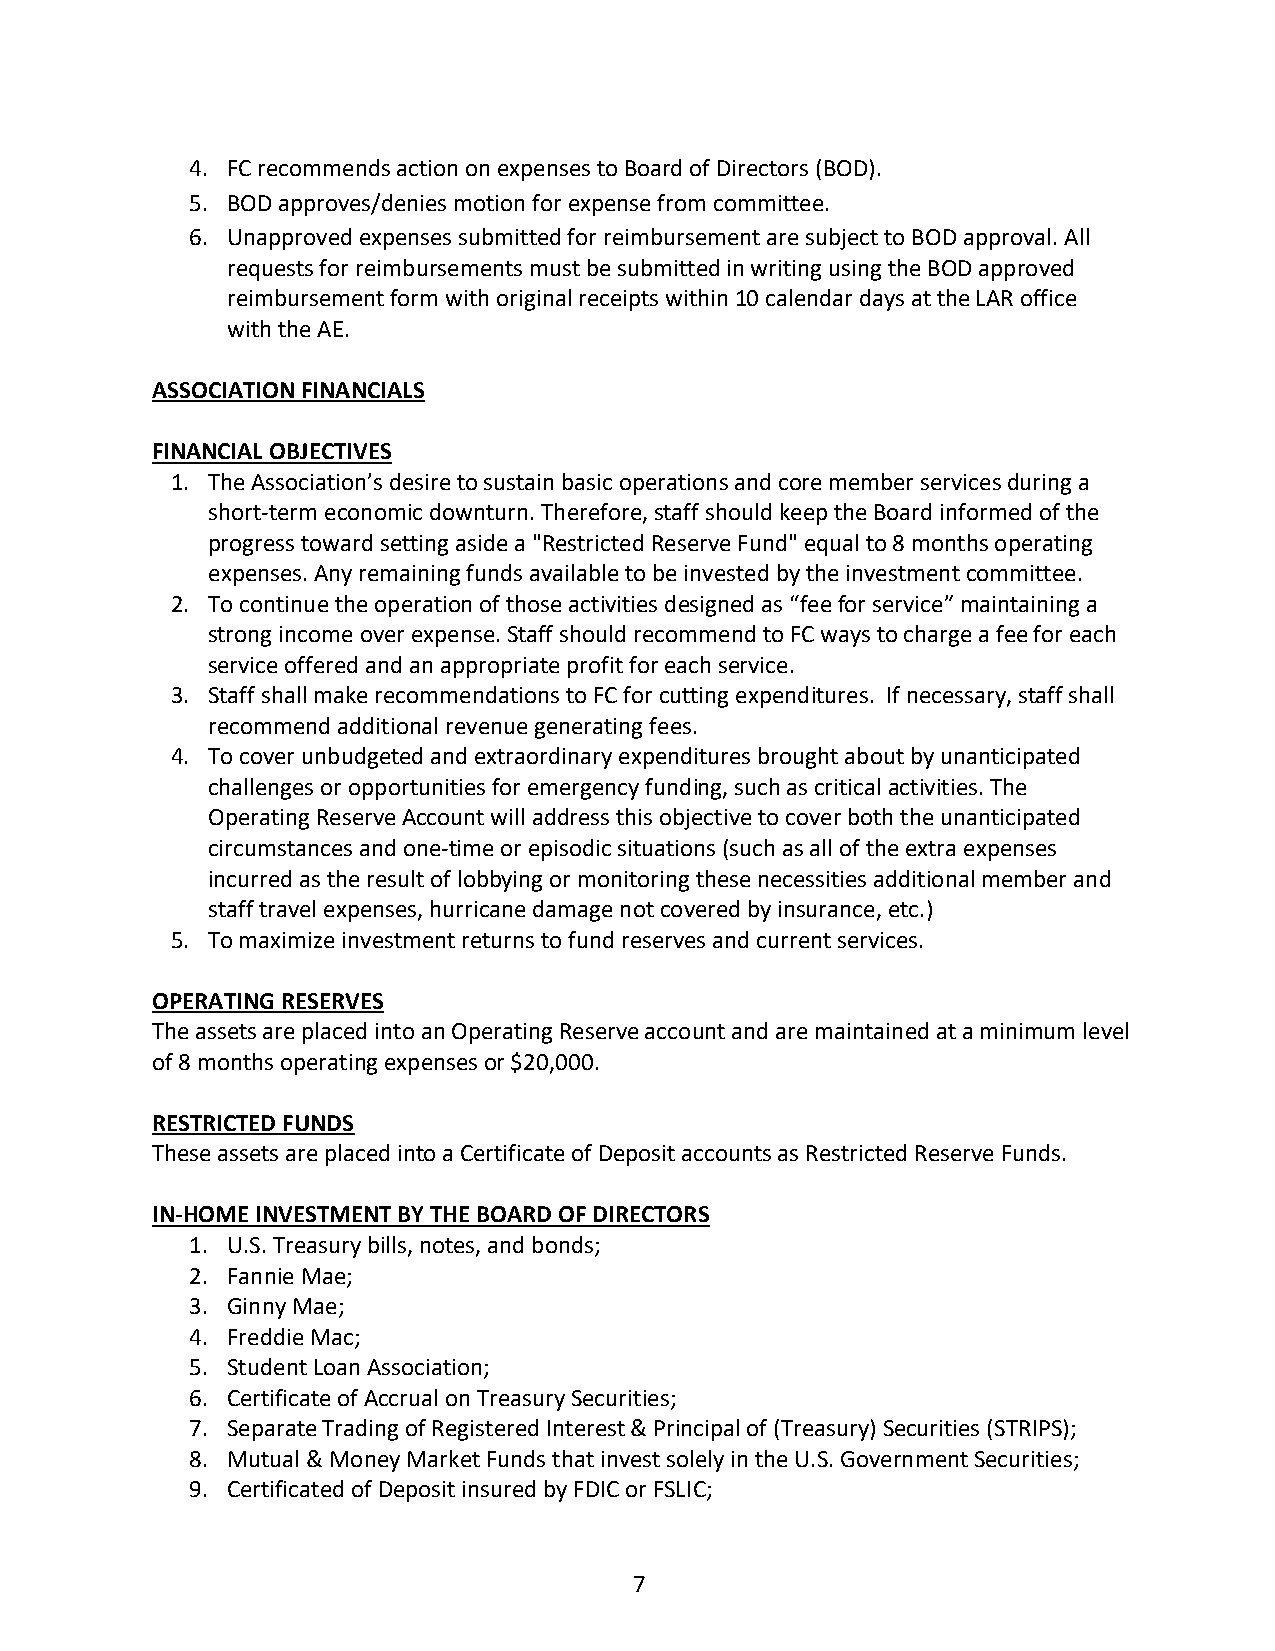
4. FC recommends action on expenses to Board of Directors (BOD).
 5. BOD approves/denies motion for expense from committee.
 6. Unapproved expenses submitted for reimbursement are subject to BOD approval. All
 requests for reimbursements must be submitted in writing using the BOD approved
 reimbursement form with original receipts within 10 calendar days at the LAR office
 with the AE.
 ASSOCIATION FINANCIALS
 FINANCIAL OBJECTIVES
 1. The Association’s desire to sustain basic operations and core member services during a
 short-term economic downturn. Therefore, staff should keep the Board informed of the
 progress toward setting aside a "Restricted Reserve Fund" equal to 8 months operating
 expenses. Any remaining funds available to be invested by the investment committee.
 2. To continue the operation of those activities designed as “fee for service” maintaining a
 strong income over expense. Staff should recommend to FC ways to charge a fee for each
 service offered and an appropriate profit for each service.
 3. Staff shall make recommendations to FC for cutting expenditures. If necessary, staff shall
 recommend additional revenue generating fees.
 4. To cover unbudgeted and extraordinary expenditures brought about by unanticipated
 challenges or opportunities for emergency funding, such as critical activities. The
 Operating Reserve Account will address this objective to cover both the unanticipated
 circumstances and one-time or episodic situations (such as all of the extra expenses
 incurred as the result of lobbying or monitoring these necessities additional member and
 staff travel expenses, hurricane damage not covered by insurance, etc.)
 5. To maximize investment returns to fund reserves and current services.
 OPERATING RESERVES
 The assets are placed into an Operating Reserve account and are maintained at a minimum level
 of 8 months operating expenses or $20,000.
 RESTRICTED FUNDS
 These assets are placed into a Certificate of Deposit accounts as Restricted Reserve Funds.
 IN-HOME INVESTMENT BY THE BOARD OF DIRECTORS
 1. U.S. Treasury bills, notes, and bonds;
 2. Fannie Mae;
 3. Ginny Mae;
 4. Freddie Mac;
 5. Student Loan Association;
 6. Certificate of Accrual on Treasury Securities;
 7. Separate Trading of Registered Interest & Principal of (Treasury) Securities (STRIPS);
 8. Mutual & Money Market Funds that invest solely in the U.S. Government Securities;
 9. Certificated of Deposit insured by FDIC or FSLIC;
 7